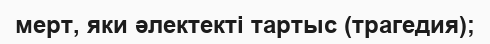
мерт, яки әлектекті тартыс (трагедия);